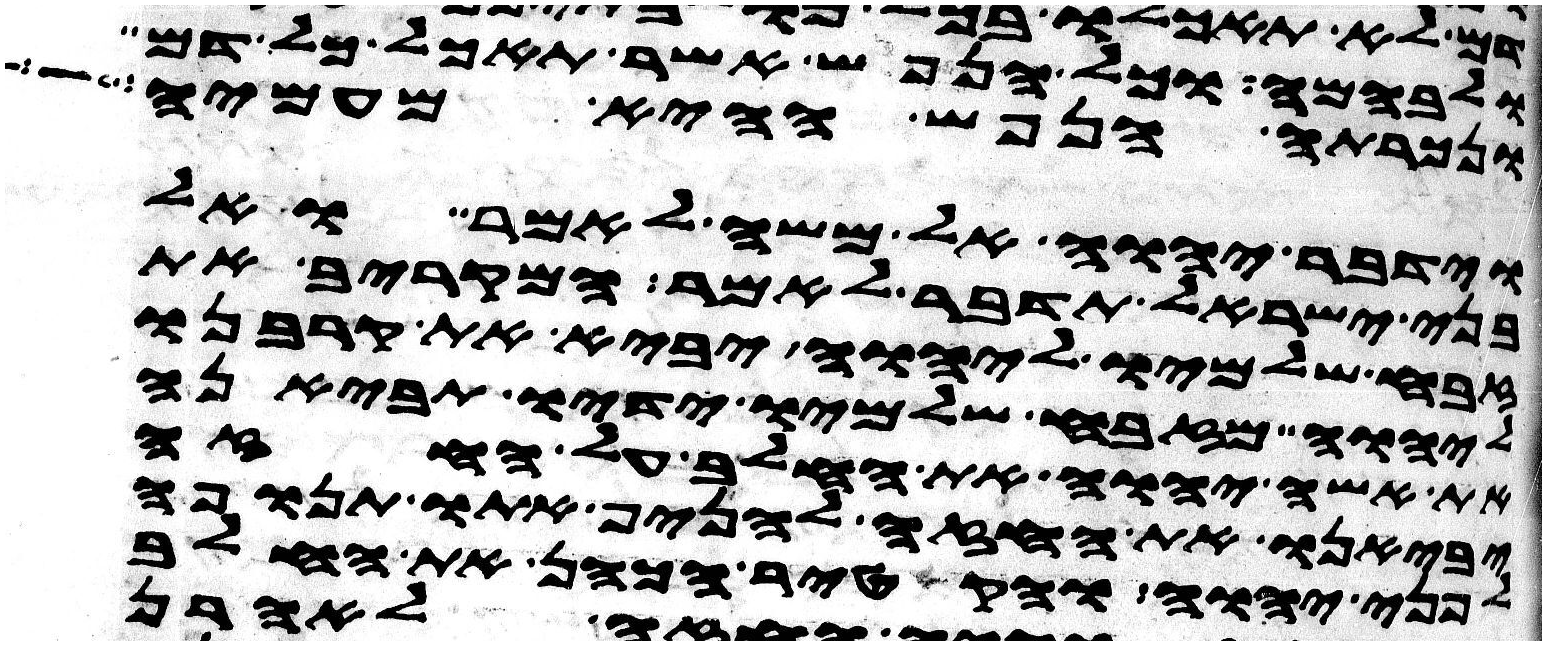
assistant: ולבהמה וכל הנפש אשר תאכל כל דם
ונכרתה הנפש ההיא מעמיה
וידבר יהוה אל משה לאמר ואל
בני ישראל תדבר לאמר המקריב את
זבח שלמיו ליהוה יביא את קרבנו
ליהוה מזבח שלמיו ידיו תביאנה
את אשי יהוה את החלב על החזה
יביאנו את החזה להניף אתו תנופה
לפני יהוה והקטיר הכהן את החלב